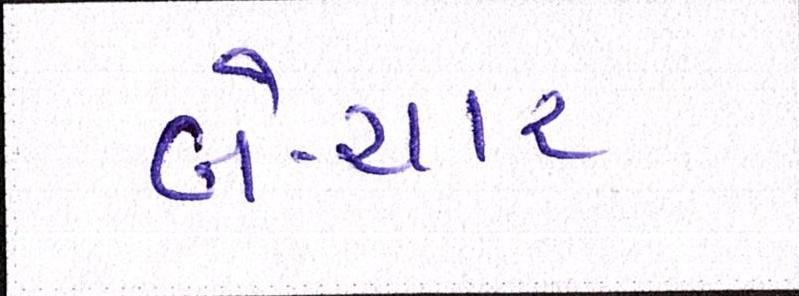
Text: બે-ચાર